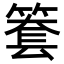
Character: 𥱫